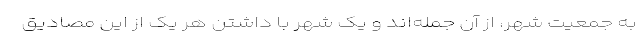
به جمعیت شهر، از آن جمله‌اند و یک شهر با داشتن هر یک از این مصادیق